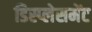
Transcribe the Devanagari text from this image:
डिस्प्लेसमेंट